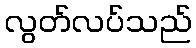
လွတ်လပ်သည်